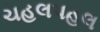
ચહલપહલ